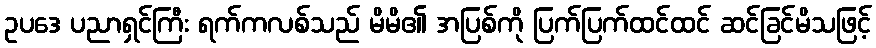
ဥပဒေ ပညာရှင်ကြီး ရက်ကလစ်သည် မိမိ၏ အပြစ်ကို ပြက်ပြက်ထင်ထင် ဆင်ခြင်မိသဖြင့်